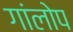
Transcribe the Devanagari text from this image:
गांलोप